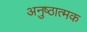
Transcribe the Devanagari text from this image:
अनुष्ठात्मक